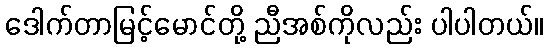
ဒေါက်တာမြင့်မောင်တို့ ညီအစ်ကိုလည်း ပါပါတယ်။